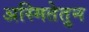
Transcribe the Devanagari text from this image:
अस्मितेतुन